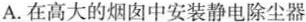
A.在高大的烟囱中安装静电除尘器